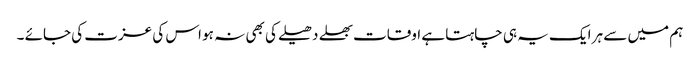
ہم میں سے ہر ایک یہ ہی چاہتا ہے اوقات بھلے دھیلے کی بھی نہ ہو اس کی عزت کی جائے ۔